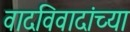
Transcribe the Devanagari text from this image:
वादविवादांच्या